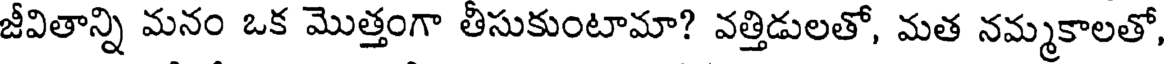
జీవితాన్ని మనం ఒక మొత్తంగా తీసుకుంటామా? వత్తిడులతో, మత నమ్మకాలతో,